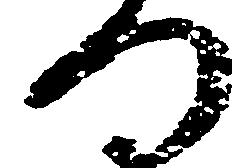
つ